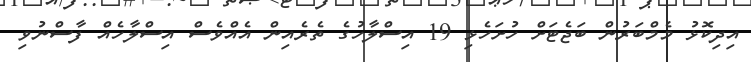
އިދިކޮޅު މެމްބަރުން ބަޖެޓަށް ހުށަހެޅި 19 އިސްލާހުގެ ތެރެއިން އެއްވެސް އިސްލާހެއް ފާސްނުވި